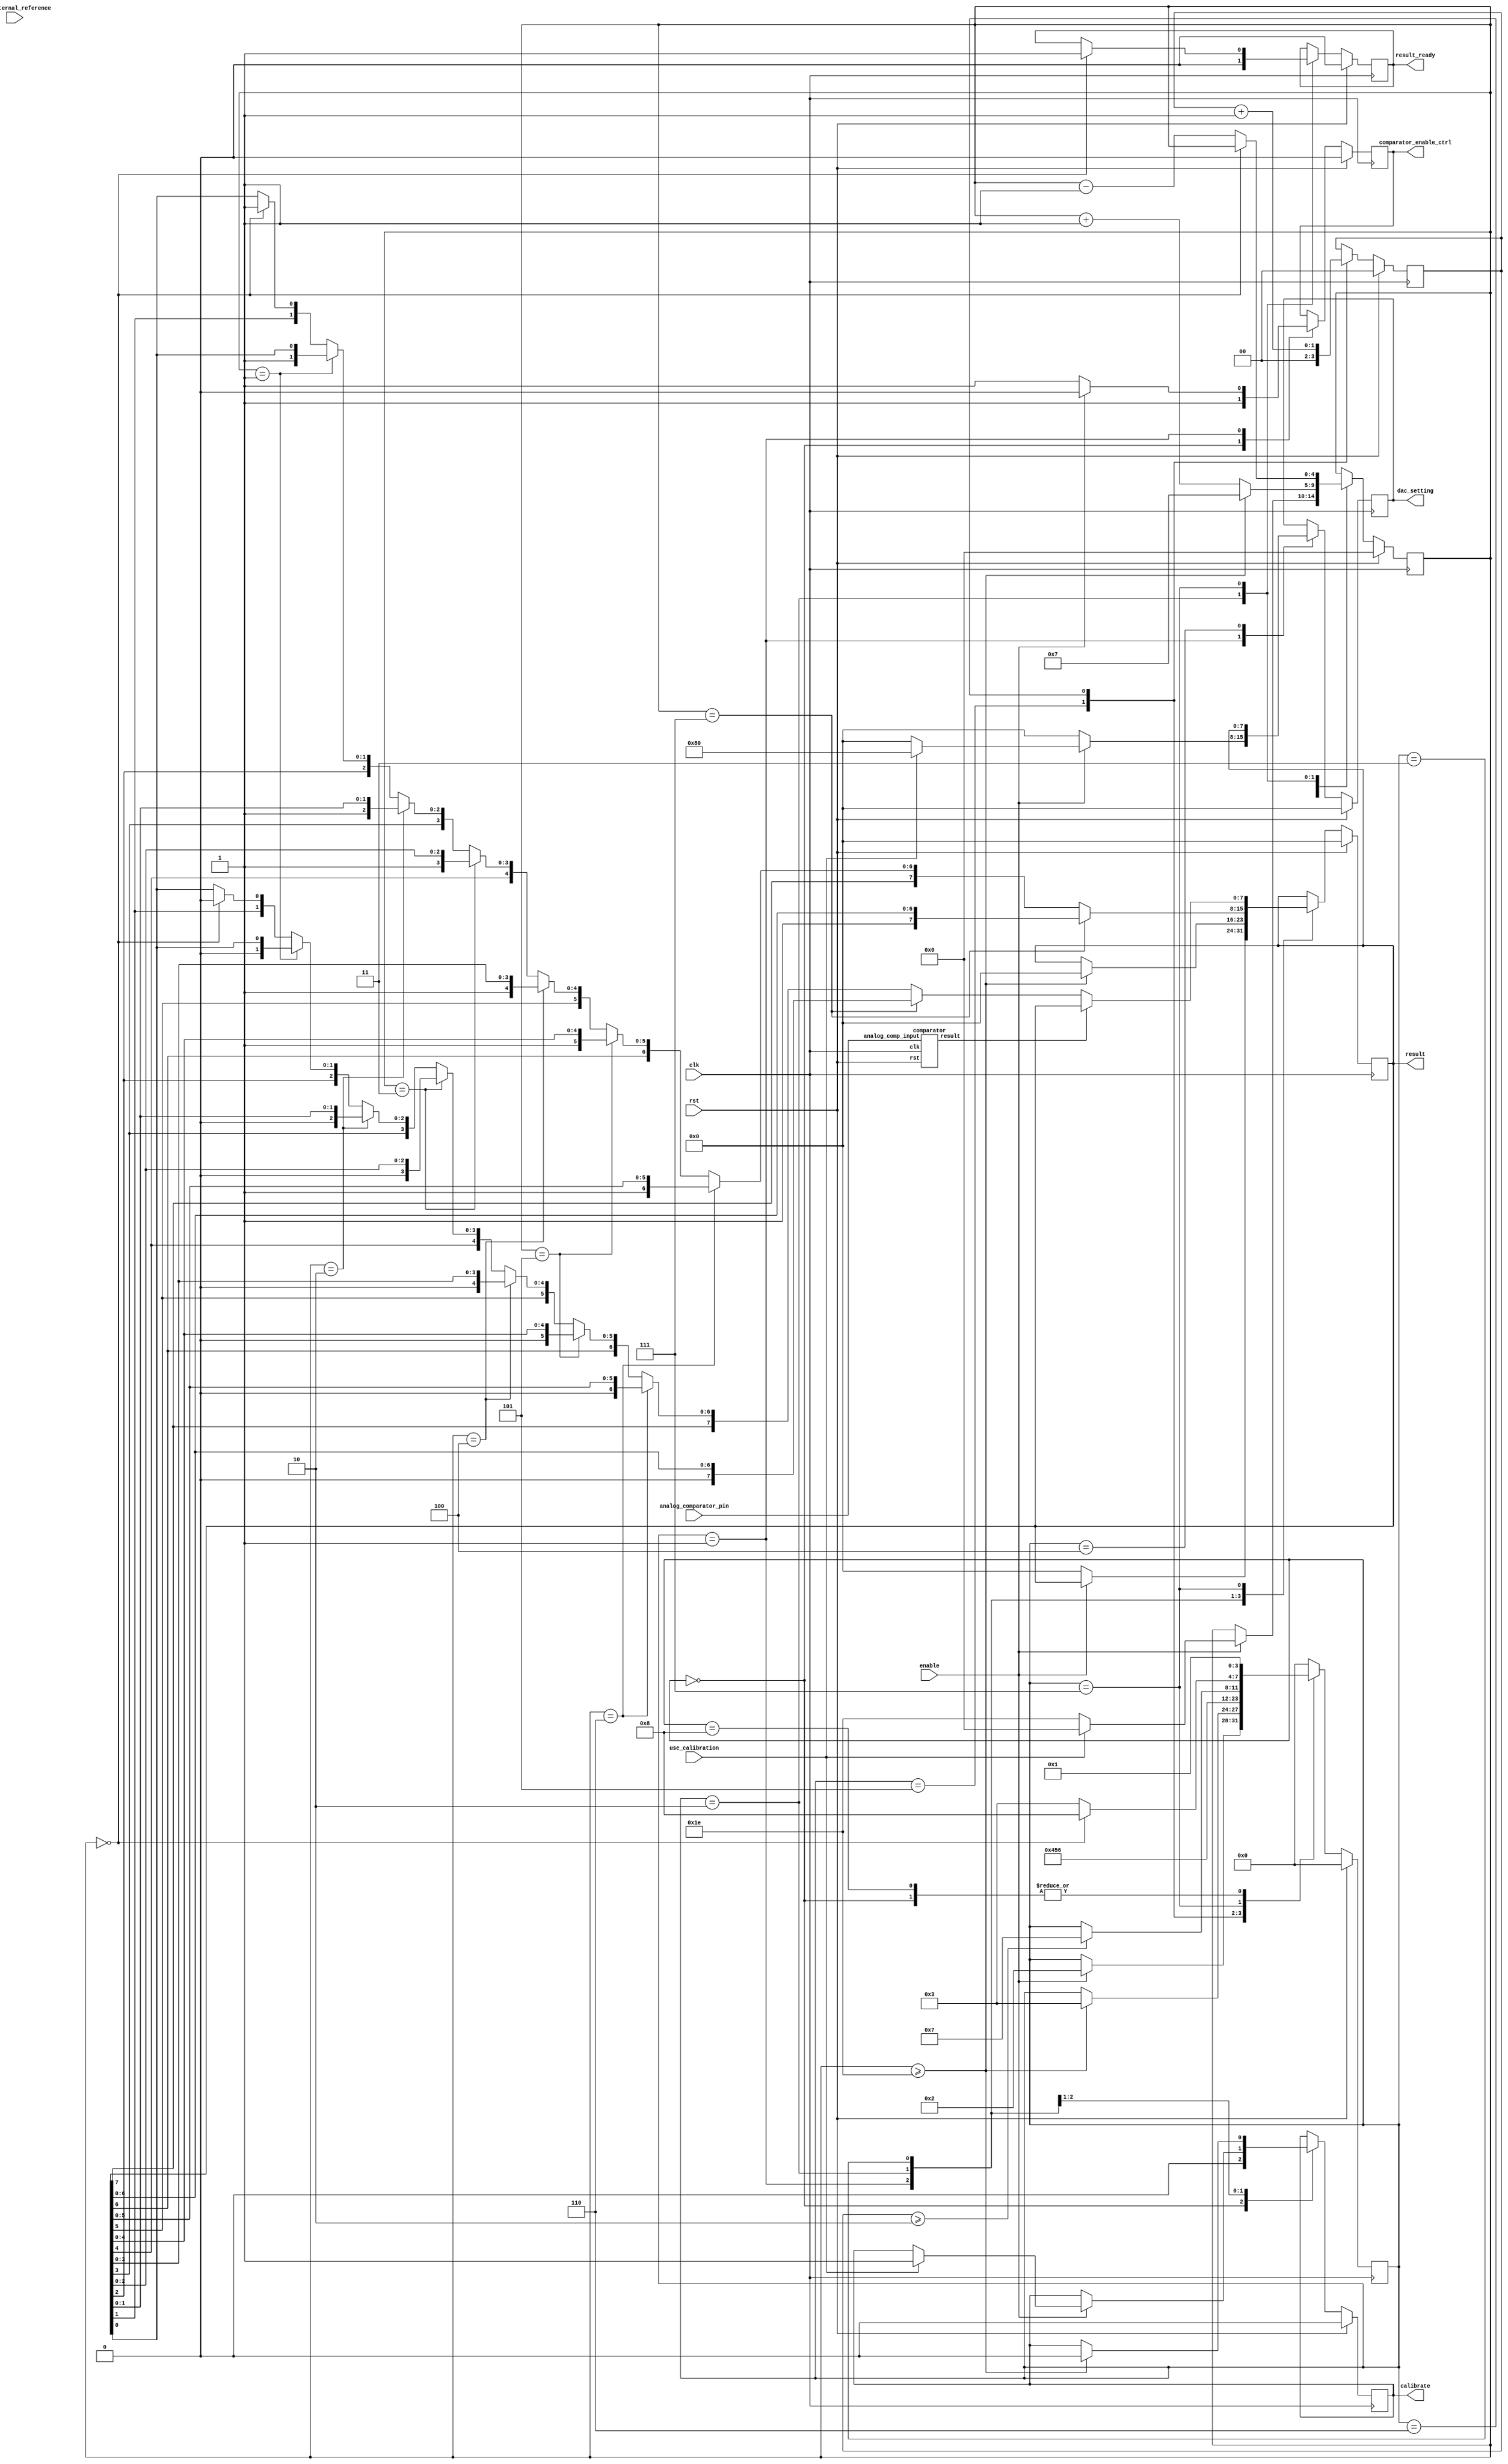
/* Generated by Yosys 0.33+72 (git sha1 ac8b31e00, clang 10.0.0-4ubuntu1 -fPIC -Os) */
/* 2024-04-18-21:15 */

(* \amaranth.hierarchy  = "wowa.wowa_digital.adc" *)
(* generator = "Amaranth" *)
module adc(use_calibration, use_external_reference, analog_comparator_pin, result, result_ready, comparator_enable_ctrl, dac_setting, calibrate, rst, clk, enable);
  reg \$auto$verilog_backend.cc:2184:dump_module$12  = 0;
  (* src = "/home/malcalypse/Private/eclipseworkspace/WoWADigital/src/wowa/adc.py:141" *)
  wire \$10 ;
  (* src = "/home/malcalypse/Private/eclipseworkspace/WoWADigital/src/wowa/adc.py:192" *)
  wire \$101 ;
  (* src = "/home/malcalypse/Private/eclipseworkspace/WoWADigital/src/wowa/adc.py:194" *)
  wire [15:0] \$103 ;
  (* src = "/home/malcalypse/Private/eclipseworkspace/WoWADigital/src/wowa/adc.py:194" *)
  wire [15:0] \$104 ;
  (* src = "/home/malcalypse/Private/eclipseworkspace/WoWADigital/src/wowa/adc.py:192" *)
  wire \$106 ;
  (* src = "/home/malcalypse/Private/eclipseworkspace/WoWADigital/src/wowa/adc.py:194" *)
  wire [15:0] \$108 ;
  (* src = "/home/malcalypse/Private/eclipseworkspace/WoWADigital/src/wowa/adc.py:194" *)
  wire [15:0] \$109 ;
  (* src = "/home/malcalypse/Private/eclipseworkspace/WoWADigital/src/wowa/adc.py:192" *)
  wire \$111 ;
  (* src = "/home/malcalypse/Private/eclipseworkspace/WoWADigital/src/wowa/adc.py:194" *)
  wire [15:0] \$113 ;
  (* src = "/home/malcalypse/Private/eclipseworkspace/WoWADigital/src/wowa/adc.py:194" *)
  wire [15:0] \$114 ;
  (* src = "/home/malcalypse/Private/eclipseworkspace/WoWADigital/src/wowa/adc.py:195" *)
  wire \$116 ;
  (* src = "/home/malcalypse/Private/eclipseworkspace/WoWADigital/src/wowa/adc.py:183" *)
  wire [2:0] \$118 ;
  (* src = "/home/malcalypse/Private/eclipseworkspace/WoWADigital/src/wowa/adc.py:183" *)
  wire [2:0] \$119 ;
  (* src = "/home/malcalypse/Private/eclipseworkspace/WoWADigital/src/wowa/adc.py:184" *)
  wire \$12 ;
  (* src = "/home/malcalypse/Private/eclipseworkspace/WoWADigital/src/wowa/adc.py:195" *)
  wire \$14 ;
  (* src = "/home/malcalypse/Private/eclipseworkspace/WoWADigital/src/wowa/adc.py:106" *)
  wire \$16 ;
  (* src = "/home/malcalypse/Private/eclipseworkspace/WoWADigital/src/wowa/adc.py:106" *)
  wire \$18 ;
  (* src = "/home/malcalypse/Private/eclipseworkspace/WoWADigital/src/wowa/adc.py:106" *)
  wire \$2 ;
  (* src = "/home/malcalypse/Private/eclipseworkspace/WoWADigital/src/wowa/adc.py:141" *)
  wire \$20 ;
  (* src = "/home/malcalypse/Private/eclipseworkspace/WoWADigital/src/wowa/adc.py:150" *)
  wire [5:0] \$22 ;
  (* src = "/home/malcalypse/Private/eclipseworkspace/WoWADigital/src/wowa/adc.py:150" *)
  wire [5:0] \$23 ;
  (* src = "/home/malcalypse/Private/eclipseworkspace/WoWADigital/src/wowa/adc.py:195" *)
  wire \$25 ;
  (* src = "/home/malcalypse/Private/eclipseworkspace/WoWADigital/src/wowa/adc.py:203" *)
  wire [5:0] \$27 ;
  (* src = "/home/malcalypse/Private/eclipseworkspace/WoWADigital/src/wowa/adc.py:203" *)
  wire [5:0] \$28 ;
  (* src = "/home/malcalypse/Private/eclipseworkspace/WoWADigital/src/wowa/adc.py:106" *)
  wire \$30 ;
  (* src = "/home/malcalypse/Private/eclipseworkspace/WoWADigital/src/wowa/adc.py:141" *)
  wire \$32 ;
  (* src = "/home/malcalypse/Private/eclipseworkspace/WoWADigital/src/wowa/adc.py:151" *)
  wire \$34 ;
  (* src = "/home/malcalypse/Private/eclipseworkspace/WoWADigital/src/wowa/adc.py:106" *)
  wire \$36 ;
  (* src = "/home/malcalypse/Private/eclipseworkspace/WoWADigital/src/wowa/adc.py:141" *)
  wire \$38 ;
  (* src = "/home/malcalypse/Private/eclipseworkspace/WoWADigital/src/wowa/adc.py:141" *)
  wire \$4 ;
  (* src = "/home/malcalypse/Private/eclipseworkspace/WoWADigital/src/wowa/adc.py:158" *)
  wire \$40 ;
  (* src = "/home/malcalypse/Private/eclipseworkspace/WoWADigital/src/wowa/adc.py:159" *)
  wire [7:0] \$42 ;
  (* src = "/home/malcalypse/Private/eclipseworkspace/WoWADigital/src/wowa/adc.py:158" *)
  wire \$44 ;
  (* src = "/home/malcalypse/Private/eclipseworkspace/WoWADigital/src/wowa/adc.py:159" *)
  wire [7:0] \$46 ;
  (* src = "/home/malcalypse/Private/eclipseworkspace/WoWADigital/src/wowa/adc.py:158" *)
  wire \$48 ;
  (* src = "/home/malcalypse/Private/eclipseworkspace/WoWADigital/src/wowa/adc.py:159" *)
  wire [7:0] \$50 ;
  (* src = "/home/malcalypse/Private/eclipseworkspace/WoWADigital/src/wowa/adc.py:158" *)
  wire \$52 ;
  (* src = "/home/malcalypse/Private/eclipseworkspace/WoWADigital/src/wowa/adc.py:159" *)
  wire [7:0] \$54 ;
  (* src = "/home/malcalypse/Private/eclipseworkspace/WoWADigital/src/wowa/adc.py:158" *)
  wire \$56 ;
  (* src = "/home/malcalypse/Private/eclipseworkspace/WoWADigital/src/wowa/adc.py:159" *)
  wire [7:0] \$58 ;
  (* src = "/home/malcalypse/Private/eclipseworkspace/WoWADigital/src/wowa/adc.py:106" *)
  wire \$6 ;
  (* src = "/home/malcalypse/Private/eclipseworkspace/WoWADigital/src/wowa/adc.py:158" *)
  wire \$60 ;
  (* src = "/home/malcalypse/Private/eclipseworkspace/WoWADigital/src/wowa/adc.py:159" *)
  wire [7:0] \$62 ;
  (* src = "/home/malcalypse/Private/eclipseworkspace/WoWADigital/src/wowa/adc.py:158" *)
  wire \$64 ;
  (* src = "/home/malcalypse/Private/eclipseworkspace/WoWADigital/src/wowa/adc.py:159" *)
  wire [7:0] \$66 ;
  (* src = "/home/malcalypse/Private/eclipseworkspace/WoWADigital/src/wowa/adc.py:158" *)
  wire \$68 ;
  (* src = "/home/malcalypse/Private/eclipseworkspace/WoWADigital/src/wowa/adc.py:159" *)
  wire [7:0] \$70 ;
  (* src = "/home/malcalypse/Private/eclipseworkspace/WoWADigital/src/wowa/adc.py:189" *)
  wire \$72 ;
  (* src = "/home/malcalypse/Private/eclipseworkspace/WoWADigital/src/wowa/adc.py:189" *)
  wire \$73 ;
  (* src = "/home/malcalypse/Private/eclipseworkspace/WoWADigital/src/wowa/adc.py:192" *)
  wire \$76 ;
  (* src = "/home/malcalypse/Private/eclipseworkspace/WoWADigital/src/wowa/adc.py:194" *)
  wire [15:0] \$78 ;
  (* src = "/home/malcalypse/Private/eclipseworkspace/WoWADigital/src/wowa/adc.py:194" *)
  wire [15:0] \$79 ;
  (* src = "/home/malcalypse/Private/eclipseworkspace/WoWADigital/src/wowa/adc.py:106" *)
  wire \$8 ;
  (* src = "/home/malcalypse/Private/eclipseworkspace/WoWADigital/src/wowa/adc.py:192" *)
  wire \$81 ;
  (* src = "/home/malcalypse/Private/eclipseworkspace/WoWADigital/src/wowa/adc.py:194" *)
  wire [15:0] \$83 ;
  (* src = "/home/malcalypse/Private/eclipseworkspace/WoWADigital/src/wowa/adc.py:194" *)
  wire [15:0] \$84 ;
  (* src = "/home/malcalypse/Private/eclipseworkspace/WoWADigital/src/wowa/adc.py:192" *)
  wire \$86 ;
  (* src = "/home/malcalypse/Private/eclipseworkspace/WoWADigital/src/wowa/adc.py:194" *)
  wire [15:0] \$88 ;
  (* src = "/home/malcalypse/Private/eclipseworkspace/WoWADigital/src/wowa/adc.py:194" *)
  wire [15:0] \$89 ;
  (* src = "/home/malcalypse/Private/eclipseworkspace/WoWADigital/src/wowa/adc.py:192" *)
  wire \$91 ;
  (* src = "/home/malcalypse/Private/eclipseworkspace/WoWADigital/src/wowa/adc.py:194" *)
  wire [15:0] \$93 ;
  (* src = "/home/malcalypse/Private/eclipseworkspace/WoWADigital/src/wowa/adc.py:194" *)
  wire [15:0] \$94 ;
  (* src = "/home/malcalypse/Private/eclipseworkspace/WoWADigital/src/wowa/adc.py:192" *)
  wire \$96 ;
  (* src = "/home/malcalypse/Private/eclipseworkspace/WoWADigital/src/wowa/adc.py:194" *)
  wire [15:0] \$98 ;
  (* src = "/home/malcalypse/Private/eclipseworkspace/WoWADigital/src/wowa/adc.py:194" *)
  wire [15:0] \$99 ;
  (* src = "/home/malcalypse/Private/eclipseworkspace/WoWADigital/src/wowa/adc.py:40" *)
  input analog_comparator_pin;
  wire analog_comparator_pin;
  (* src = "/home/malcalypse/Private/eclipseworkspace/WoWADigital/src/wowa/adc.py:49" *)
  reg calib_done = 1'h0;
  (* src = "/home/malcalypse/Private/eclipseworkspace/WoWADigital/src/wowa/adc.py:49" *)
  reg \calib_done$next ;
  (* src = "/home/malcalypse/Private/eclipseworkspace/WoWADigital/src/wowa/comparator.py:29" *)
  output calibrate;
  reg calibrate = 1'h0;
  (* src = "/home/malcalypse/Private/eclipseworkspace/WoWADigital/src/wowa/comparator.py:29" *)
  reg \calibrate$next ;
  (* src = "/home/malcalypse/.local/lib/python3.10/site-packages/amaranth/hdl/ir.py:527" *)
  input clk;
  wire clk;
  (* src = "/home/malcalypse/Private/eclipseworkspace/WoWADigital/src/wowa/comparator.py:27" *)
  wire comparator_analog_comp_input;
  (* src = "/home/malcalypse/Private/eclipseworkspace/WoWADigital/src/wowa/adc.py:50" *)
  output comparator_enable_ctrl;
  wire comparator_enable_ctrl;
  (* src = "/home/malcalypse/Private/eclipseworkspace/WoWADigital/src/wowa/comparator.py:34" *)
  wire comparator_result;
  (* src = "/home/malcalypse/Private/eclipseworkspace/WoWADigital/src/wowa/adc.py:53" *)
  output [7:0] dac_setting;
  reg [7:0] dac_setting = 8'h00;
  (* src = "/home/malcalypse/Private/eclipseworkspace/WoWADigital/src/wowa/adc.py:53" *)
  reg [7:0] \dac_setting$next ;
  (* src = "/home/malcalypse/Private/eclipseworkspace/WoWADigital/src/wowa/adc.py:41" *)
  input enable;
  wire enable;
  (* src = "/home/malcalypse/Private/eclipseworkspace/WoWADigital/src/wowa/adc.py:63" *)
  reg [4:0] internalCounter = 5'h00;
  (* src = "/home/malcalypse/Private/eclipseworkspace/WoWADigital/src/wowa/adc.py:63" *)
  reg [4:0] \internalCounter$next ;
  (* src = "/home/malcalypse/Private/eclipseworkspace/WoWADigital/src/wowa/comparator.py:28" *)
  reg n_enable = 1'h0;
  (* src = "/home/malcalypse/Private/eclipseworkspace/WoWADigital/src/wowa/comparator.py:28" *)
  reg \n_enable$next ;
  (* src = "/home/malcalypse/Private/eclipseworkspace/WoWADigital/src/wowa/adc.py:48" *)
  output [7:0] result;
  reg [7:0] result = 8'h00;
  (* src = "/home/malcalypse/Private/eclipseworkspace/WoWADigital/src/wowa/adc.py:48" *)
  reg [7:0] \result$next ;
  (* src = "/home/malcalypse/Private/eclipseworkspace/WoWADigital/src/wowa/adc.py:47" *)
  output result_ready;
  reg result_ready = 1'h0;
  (* src = "/home/malcalypse/Private/eclipseworkspace/WoWADigital/src/wowa/adc.py:47" *)
  reg \result_ready$next ;
  (* src = "/home/malcalypse/.local/lib/python3.10/site-packages/amaranth/hdl/ir.py:527" *)
  input rst;
  wire rst;
  (* enum_base_type = "FSMState" *)
  (* enum_value_0000 = "Startup" *)
  (* enum_value_0001 = "Idle" *)
  (* enum_value_0010 = "Calibrating" *)
  (* enum_value_0011 = "MeasureStart" *)
  (* enum_value_0100 = "MeasureSetup" *)
  (* enum_value_0101 = "MeasureDACON" *)
  (* enum_value_0110 = "MeasureHold" *)
  (* enum_value_0111 = "MeasureSample" *)
  (* enum_value_1000 = "MeasureDone" *)
  (* src = "/home/malcalypse/Private/eclipseworkspace/WoWADigital/src/wowa/adc.py:54" *)
  reg [3:0] state = 4'h0;
  (* src = "/home/malcalypse/Private/eclipseworkspace/WoWADigital/src/wowa/adc.py:54" *)
  reg [3:0] \state$next ;
  (* src = "/home/malcalypse/Private/eclipseworkspace/WoWADigital/src/wowa/adc.py:95" *)
  reg [1:0] syncroCount = 2'h0;
  (* src = "/home/malcalypse/Private/eclipseworkspace/WoWADigital/src/wowa/adc.py:95" *)
  reg [1:0] \syncroCount$next ;
  (* src = "/home/malcalypse/Private/eclipseworkspace/WoWADigital/src/wowa/adc.py:43" *)
  input use_calibration;
  wire use_calibration;
  (* src = "/home/malcalypse/Private/eclipseworkspace/WoWADigital/src/wowa/adc.py:42" *)
  input use_external_reference;
  wire use_external_reference;
  (* src = "/home/malcalypse/Private/eclipseworkspace/WoWADigital/src/wowa/comparator.py:30" *)
  wire \use_external_reference$1 ;
  assign \$101  = internalCounter == (* src = "/home/malcalypse/Private/eclipseworkspace/WoWADigital/src/wowa/adc.py:192" *) 3'h5;
  assign \$106  = internalCounter == (* src = "/home/malcalypse/Private/eclipseworkspace/WoWADigital/src/wowa/adc.py:192" *) 3'h6;
  assign \$10  = internalCounter >= (* src = "/home/malcalypse/Private/eclipseworkspace/WoWADigital/src/wowa/adc.py:141" *) 5'h1e;
  assign \$111  = internalCounter == (* src = "/home/malcalypse/Private/eclipseworkspace/WoWADigital/src/wowa/adc.py:192" *) 3'h7;
  assign \$116  = ! (* src = "/home/malcalypse/Private/eclipseworkspace/WoWADigital/src/wowa/adc.py:195" *) internalCounter;
  assign \$119  = syncroCount + (* src = "/home/malcalypse/Private/eclipseworkspace/WoWADigital/src/wowa/adc.py:183" *) 1'h1;
  assign \$12  = syncroCount >= (* src = "/home/malcalypse/Private/eclipseworkspace/WoWADigital/src/wowa/adc.py:184" *) 2'h2;
  assign \$14  = ! (* src = "/home/malcalypse/Private/eclipseworkspace/WoWADigital/src/wowa/adc.py:195" *) internalCounter;
  assign \$20  = internalCounter >= (* src = "/home/malcalypse/Private/eclipseworkspace/WoWADigital/src/wowa/adc.py:141" *) 5'h1e;
  assign \$23  = internalCounter + (* src = "/home/malcalypse/Private/eclipseworkspace/WoWADigital/src/wowa/adc.py:150" *) 1'h1;
  assign \$25  = ! (* src = "/home/malcalypse/Private/eclipseworkspace/WoWADigital/src/wowa/adc.py:195" *) internalCounter;
  assign \$28  = internalCounter - (* src = "/home/malcalypse/Private/eclipseworkspace/WoWADigital/src/wowa/adc.py:203" *) 1'h1;
  assign \$32  = internalCounter >= (* src = "/home/malcalypse/Private/eclipseworkspace/WoWADigital/src/wowa/adc.py:141" *) 5'h1e;
  assign \$34  = internalCounter == (* src = "/home/malcalypse/Private/eclipseworkspace/WoWADigital/src/wowa/adc.py:151" *) 5'h1d;
  assign \$38  = internalCounter >= (* src = "/home/malcalypse/Private/eclipseworkspace/WoWADigital/src/wowa/adc.py:141" *) 5'h1e;
  assign \$40  = ! (* src = "/home/malcalypse/Private/eclipseworkspace/WoWADigital/src/wowa/adc.py:158" *) internalCounter;
  assign \$44  = internalCounter == (* src = "/home/malcalypse/Private/eclipseworkspace/WoWADigital/src/wowa/adc.py:158" *) 1'h1;
  assign \$48  = internalCounter == (* src = "/home/malcalypse/Private/eclipseworkspace/WoWADigital/src/wowa/adc.py:158" *) 2'h2;
  assign \$4  = internalCounter >= (* src = "/home/malcalypse/Private/eclipseworkspace/WoWADigital/src/wowa/adc.py:141" *) 5'h1e;
  assign \$52  = internalCounter == (* src = "/home/malcalypse/Private/eclipseworkspace/WoWADigital/src/wowa/adc.py:158" *) 2'h3;
  assign \$56  = internalCounter == (* src = "/home/malcalypse/Private/eclipseworkspace/WoWADigital/src/wowa/adc.py:158" *) 3'h4;
  assign \$60  = internalCounter == (* src = "/home/malcalypse/Private/eclipseworkspace/WoWADigital/src/wowa/adc.py:158" *) 3'h5;
  assign \$64  = internalCounter == (* src = "/home/malcalypse/Private/eclipseworkspace/WoWADigital/src/wowa/adc.py:158" *) 3'h6;
  assign \$68  = internalCounter == (* src = "/home/malcalypse/Private/eclipseworkspace/WoWADigital/src/wowa/adc.py:158" *) 3'h7;
  assign \$72  = ~ (* src = "/home/malcalypse/Private/eclipseworkspace/WoWADigital/src/wowa/adc.py:189" *) \$73 ;
  assign \$76  = ! (* src = "/home/malcalypse/Private/eclipseworkspace/WoWADigital/src/wowa/adc.py:192" *) internalCounter;
  assign \$81  = internalCounter == (* src = "/home/malcalypse/Private/eclipseworkspace/WoWADigital/src/wowa/adc.py:192" *) 1'h1;
  assign \$86  = internalCounter == (* src = "/home/malcalypse/Private/eclipseworkspace/WoWADigital/src/wowa/adc.py:192" *) 2'h2;
  assign \$91  = internalCounter == (* src = "/home/malcalypse/Private/eclipseworkspace/WoWADigital/src/wowa/adc.py:192" *) 2'h3;
  assign \$96  = internalCounter == (* src = "/home/malcalypse/Private/eclipseworkspace/WoWADigital/src/wowa/adc.py:192" *) 3'h4;
  always @(posedge clk)
    syncroCount <= \syncroCount$next ;
  always @(posedge clk)
    result_ready <= \result_ready$next ;
  always @(posedge clk)
    result <= \result$next ;
  always @(posedge clk)
    calib_done <= \calib_done$next ;
  always @(posedge clk)
    internalCounter <= \internalCounter$next ;
  always @(posedge clk)
    dac_setting <= \dac_setting$next ;
  always @(posedge clk)
    state <= \state$next ;
  always @(posedge clk)
    n_enable <= \n_enable$next ;
  always @(posedge clk)
    calibrate <= \calibrate$next ;
  comparator comparator (
    .analog_comp_input(comparator_analog_comp_input),
    .clk(clk),
    .result(comparator_result),
    .rst(rst)
  );
  always @* begin
    if (\$auto$verilog_backend.cc:2184:dump_module$12 ) begin end
    \result_ready$next  = result_ready;
    (* src = "/home/malcalypse/Private/eclipseworkspace/WoWADigital/src/wowa/adc.py:97" *)
    casez (state)
      /* \amaranth.decoding  = "Startup/0" */
      /* src = "/home/malcalypse/Private/eclipseworkspace/WoWADigital/src/wowa/adc.py:98" */
      4'h0:
          /* empty */;
      /* \amaranth.decoding  = "Idle/1" */
      /* src = "/home/malcalypse/Private/eclipseworkspace/WoWADigital/src/wowa/adc.py:105" */
      4'h1:
          /* empty */;
      /* \amaranth.decoding  = "Calibrating/2" */
      /* src = "/home/malcalypse/Private/eclipseworkspace/WoWADigital/src/wowa/adc.py:137" */
      4'h2:
          \result_ready$next  = 1'h0;
      /* \amaranth.decoding  = "MeasureStart/3" */
      /* src = "/home/malcalypse/Private/eclipseworkspace/WoWADigital/src/wowa/adc.py:155" */
      4'h3:
          /* empty */;
      /* \amaranth.decoding  = "MeasureSetup/4" */
      /* src = "/home/malcalypse/Private/eclipseworkspace/WoWADigital/src/wowa/adc.py:170" */
      4'h4:
          /* empty */;
      /* \amaranth.decoding  = "MeasureDACON/5" */
      /* src = "/home/malcalypse/Private/eclipseworkspace/WoWADigital/src/wowa/adc.py:177" */
      4'h5:
          /* empty */;
      /* \amaranth.decoding  = "MeasureHold/6" */
      /* src = "/home/malcalypse/Private/eclipseworkspace/WoWADigital/src/wowa/adc.py:182" */
      4'h6:
          /* empty */;
      /* \amaranth.decoding  = "MeasureSample/7" */
      /* src = "/home/malcalypse/Private/eclipseworkspace/WoWADigital/src/wowa/adc.py:188" */
      4'h7:
          (* src = "/home/malcalypse/Private/eclipseworkspace/WoWADigital/src/wowa/adc.py:195" *)
          casez (\$116 )
            /* src = "/home/malcalypse/Private/eclipseworkspace/WoWADigital/src/wowa/adc.py:195" */
            1'h1:
                \result_ready$next  = 1'h1;
          endcase
    endcase
    (* src = "/home/malcalypse/.local/lib/python3.10/site-packages/amaranth/hdl/xfrm.py:519" *)
    casez (rst)
      1'h1:
          \result_ready$next  = 1'h0;
    endcase
  end
  always @* begin
    if (\$auto$verilog_backend.cc:2184:dump_module$12 ) begin end
    \syncroCount$next  = syncroCount;
    (* src = "/home/malcalypse/Private/eclipseworkspace/WoWADigital/src/wowa/adc.py:97" *)
    casez (state)
      /* \amaranth.decoding  = "Startup/0" */
      /* src = "/home/malcalypse/Private/eclipseworkspace/WoWADigital/src/wowa/adc.py:98" */
      4'h0:
          /* empty */;
      /* \amaranth.decoding  = "Idle/1" */
      /* src = "/home/malcalypse/Private/eclipseworkspace/WoWADigital/src/wowa/adc.py:105" */
      4'h1:
          /* empty */;
      /* \amaranth.decoding  = "Calibrating/2" */
      /* src = "/home/malcalypse/Private/eclipseworkspace/WoWADigital/src/wowa/adc.py:137" */
      4'h2:
          /* empty */;
      /* \amaranth.decoding  = "MeasureStart/3" */
      /* src = "/home/malcalypse/Private/eclipseworkspace/WoWADigital/src/wowa/adc.py:155" */
      4'h3:
          /* empty */;
      /* \amaranth.decoding  = "MeasureSetup/4" */
      /* src = "/home/malcalypse/Private/eclipseworkspace/WoWADigital/src/wowa/adc.py:170" */
      4'h4:
          /* empty */;
      /* \amaranth.decoding  = "MeasureDACON/5" */
      /* src = "/home/malcalypse/Private/eclipseworkspace/WoWADigital/src/wowa/adc.py:177" */
      4'h5:
          \syncroCount$next  = 2'h0;
      /* \amaranth.decoding  = "MeasureHold/6" */
      /* src = "/home/malcalypse/Private/eclipseworkspace/WoWADigital/src/wowa/adc.py:182" */
      4'h6:
          \syncroCount$next  = \$119 [1:0];
    endcase
    (* src = "/home/malcalypse/.local/lib/python3.10/site-packages/amaranth/hdl/xfrm.py:519" *)
    casez (rst)
      1'h1:
          \syncroCount$next  = 2'h0;
    endcase
  end
  always @* begin
    if (\$auto$verilog_backend.cc:2184:dump_module$12 ) begin end
    \calibrate$next  = calibrate;
    (* src = "/home/malcalypse/Private/eclipseworkspace/WoWADigital/src/wowa/adc.py:97" *)
    casez (state)
      /* \amaranth.decoding  = "Startup/0" */
      /* src = "/home/malcalypse/Private/eclipseworkspace/WoWADigital/src/wowa/adc.py:98" */
      4'h0:
          \calibrate$next  = 1'h0;
      /* \amaranth.decoding  = "Idle/1" */
      /* src = "/home/malcalypse/Private/eclipseworkspace/WoWADigital/src/wowa/adc.py:105" */
      4'h1:
          (* src = "/home/malcalypse/Private/eclipseworkspace/WoWADigital/src/wowa/adc.py:106" *)
          casez (\$2 )
            /* src = "/home/malcalypse/Private/eclipseworkspace/WoWADigital/src/wowa/adc.py:106" */
            1'h1:
                (* src = "/home/malcalypse/Private/eclipseworkspace/WoWADigital/src/wowa/adc.py:113" *)
                casez (use_calibration)
                  /* src = "/home/malcalypse/Private/eclipseworkspace/WoWADigital/src/wowa/adc.py:113" */
                  1'h1:
                      \calibrate$next  = 1'h1;
                endcase
          endcase
      /* \amaranth.decoding  = "Calibrating/2" */
      /* src = "/home/malcalypse/Private/eclipseworkspace/WoWADigital/src/wowa/adc.py:137" */
      4'h2:
          (* src = "/home/malcalypse/Private/eclipseworkspace/WoWADigital/src/wowa/adc.py:141" *)
          casez (\$4 )
            /* src = "/home/malcalypse/Private/eclipseworkspace/WoWADigital/src/wowa/adc.py:141" */
            1'h1:
                \calibrate$next  = 1'h0;
          endcase
    endcase
    (* src = "/home/malcalypse/.local/lib/python3.10/site-packages/amaranth/hdl/xfrm.py:519" *)
    casez (rst)
      1'h1:
          \calibrate$next  = 1'h0;
    endcase
  end
  always @* begin
    if (\$auto$verilog_backend.cc:2184:dump_module$12 ) begin end
    \n_enable$next  = n_enable;
    (* src = "/home/malcalypse/Private/eclipseworkspace/WoWADigital/src/wowa/adc.py:97" *)
    casez (state)
      /* \amaranth.decoding  = "Startup/0" */
      /* src = "/home/malcalypse/Private/eclipseworkspace/WoWADigital/src/wowa/adc.py:98" */
      4'h0:
          \n_enable$next  = 1'h1;
      /* \amaranth.decoding  = "Idle/1" */
      /* src = "/home/malcalypse/Private/eclipseworkspace/WoWADigital/src/wowa/adc.py:105" */
      4'h1:
          (* full_case = 32'd1 *)
          (* src = "/home/malcalypse/Private/eclipseworkspace/WoWADigital/src/wowa/adc.py:106" *)
          casez (\$6 )
            /* src = "/home/malcalypse/Private/eclipseworkspace/WoWADigital/src/wowa/adc.py:106" */
            1'h1:
                \n_enable$next  = 1'h0;
            /* src = "/home/malcalypse/Private/eclipseworkspace/WoWADigital/src/wowa/adc.py:129" */
            default:
                \n_enable$next  = 1'h1;
          endcase
    endcase
    (* src = "/home/malcalypse/.local/lib/python3.10/site-packages/amaranth/hdl/xfrm.py:519" *)
    casez (rst)
      1'h1:
          \n_enable$next  = 1'h0;
    endcase
  end
  always @* begin
    if (\$auto$verilog_backend.cc:2184:dump_module$12 ) begin end
    \state$next  = state;
    (* full_case = 32'd1 *)
    (* src = "/home/malcalypse/Private/eclipseworkspace/WoWADigital/src/wowa/adc.py:97" *)
    casez (state)
      /* \amaranth.decoding  = "Startup/0" */
      /* src = "/home/malcalypse/Private/eclipseworkspace/WoWADigital/src/wowa/adc.py:98" */
      4'h0:
          \state$next  = 4'h1;
      /* \amaranth.decoding  = "Idle/1" */
      /* src = "/home/malcalypse/Private/eclipseworkspace/WoWADigital/src/wowa/adc.py:105" */
      4'h1:
          (* src = "/home/malcalypse/Private/eclipseworkspace/WoWADigital/src/wowa/adc.py:106" *)
          casez (\$8 )
            /* src = "/home/malcalypse/Private/eclipseworkspace/WoWADigital/src/wowa/adc.py:106" */
            1'h1:
                \state$next  = 4'h2;
          endcase
      /* \amaranth.decoding  = "Calibrating/2" */
      /* src = "/home/malcalypse/Private/eclipseworkspace/WoWADigital/src/wowa/adc.py:137" */
      4'h2:
          (* src = "/home/malcalypse/Private/eclipseworkspace/WoWADigital/src/wowa/adc.py:141" *)
          casez (\$10 )
            /* src = "/home/malcalypse/Private/eclipseworkspace/WoWADigital/src/wowa/adc.py:141" */
            1'h1:
                \state$next  = 4'h3;
          endcase
      /* \amaranth.decoding  = "MeasureStart/3" */
      /* src = "/home/malcalypse/Private/eclipseworkspace/WoWADigital/src/wowa/adc.py:155" */
      4'h3:
          \state$next  = 4'h4;
      /* \amaranth.decoding  = "MeasureSetup/4" */
      /* src = "/home/malcalypse/Private/eclipseworkspace/WoWADigital/src/wowa/adc.py:170" */
      4'h4:
          \state$next  = 4'h5;
      /* \amaranth.decoding  = "MeasureDACON/5" */
      /* src = "/home/malcalypse/Private/eclipseworkspace/WoWADigital/src/wowa/adc.py:177" */
      4'h5:
          \state$next  = 4'h6;
      /* \amaranth.decoding  = "MeasureHold/6" */
      /* src = "/home/malcalypse/Private/eclipseworkspace/WoWADigital/src/wowa/adc.py:182" */
      4'h6:
          (* src = "/home/malcalypse/Private/eclipseworkspace/WoWADigital/src/wowa/adc.py:184" *)
          casez (\$12 )
            /* src = "/home/malcalypse/Private/eclipseworkspace/WoWADigital/src/wowa/adc.py:184" */
            1'h1:
                \state$next  = 4'h7;
          endcase
      /* \amaranth.decoding  = "MeasureSample/7" */
      /* src = "/home/malcalypse/Private/eclipseworkspace/WoWADigital/src/wowa/adc.py:188" */
      4'h7:
          (* full_case = 32'd1 *)
          (* src = "/home/malcalypse/Private/eclipseworkspace/WoWADigital/src/wowa/adc.py:195" *)
          casez (\$14 )
            /* src = "/home/malcalypse/Private/eclipseworkspace/WoWADigital/src/wowa/adc.py:195" */
            1'h1:
                \state$next  = 4'h8;
            /* src = "/home/malcalypse/Private/eclipseworkspace/WoWADigital/src/wowa/adc.py:201" */
            default:
                \state$next  = 4'h3;
          endcase
      /* \amaranth.decoding  = "MeasureDone/8" */
      /* src = "/home/malcalypse/Private/eclipseworkspace/WoWADigital/src/wowa/adc.py:206" */
      4'h8:
          \state$next  = 4'h1;
      /* \amaranth.decoding  = {0{1'b0}} */
      /* src = "/home/malcalypse/Private/eclipseworkspace/WoWADigital/src/wowa/adc.py:209" */
      default:
          \state$next  = 4'h0;
    endcase
    (* src = "/home/malcalypse/.local/lib/python3.10/site-packages/amaranth/hdl/xfrm.py:519" *)
    casez (rst)
      1'h1:
          \state$next  = 4'h0;
    endcase
  end
  always @* begin
    if (\$auto$verilog_backend.cc:2184:dump_module$12 ) begin end
    \dac_setting$next  = dac_setting;
    (* src = "/home/malcalypse/Private/eclipseworkspace/WoWADigital/src/wowa/adc.py:97" *)
    casez (state)
      /* \amaranth.decoding  = "Startup/0" */
      /* src = "/home/malcalypse/Private/eclipseworkspace/WoWADigital/src/wowa/adc.py:98" */
      4'h0:
          /* empty */;
      /* \amaranth.decoding  = "Idle/1" */
      /* src = "/home/malcalypse/Private/eclipseworkspace/WoWADigital/src/wowa/adc.py:105" */
      4'h1:
          (* full_case = 32'd1 *)
          (* src = "/home/malcalypse/Private/eclipseworkspace/WoWADigital/src/wowa/adc.py:106" *)
          casez (\$16 )
            /* src = "/home/malcalypse/Private/eclipseworkspace/WoWADigital/src/wowa/adc.py:106" */
            1'h1:
                (* full_case = 32'd1 *)
                (* src = "/home/malcalypse/Private/eclipseworkspace/WoWADigital/src/wowa/adc.py:113" *)
                casez (use_calibration)
                  /* src = "/home/malcalypse/Private/eclipseworkspace/WoWADigital/src/wowa/adc.py:113" */
                  1'h1:
                      \dac_setting$next  = 8'h80;
                  /* src = "/home/malcalypse/Private/eclipseworkspace/WoWADigital/src/wowa/adc.py:119" */
                  default:
                      \dac_setting$next  = 8'h00;
                endcase
            /* src = "/home/malcalypse/Private/eclipseworkspace/WoWADigital/src/wowa/adc.py:129" */
            default:
                \dac_setting$next  = 8'h00;
          endcase
      /* \amaranth.decoding  = "Calibrating/2" */
      /* src = "/home/malcalypse/Private/eclipseworkspace/WoWADigital/src/wowa/adc.py:137" */
      4'h2:
          /* empty */;
      /* \amaranth.decoding  = "MeasureStart/3" */
      /* src = "/home/malcalypse/Private/eclipseworkspace/WoWADigital/src/wowa/adc.py:155" */
      4'h3:
          /* empty */;
      /* \amaranth.decoding  = "MeasureSetup/4" */
      /* src = "/home/malcalypse/Private/eclipseworkspace/WoWADigital/src/wowa/adc.py:170" */
      4'h4:
          \dac_setting$next  = result;
    endcase
    (* src = "/home/malcalypse/.local/lib/python3.10/site-packages/amaranth/hdl/xfrm.py:519" *)
    casez (rst)
      1'h1:
          \dac_setting$next  = 8'h00;
    endcase
  end
  always @* begin
    if (\$auto$verilog_backend.cc:2184:dump_module$12 ) begin end
    \internalCounter$next  = internalCounter;
    (* src = "/home/malcalypse/Private/eclipseworkspace/WoWADigital/src/wowa/adc.py:97" *)
    casez (state)
      /* \amaranth.decoding  = "Startup/0" */
      /* src = "/home/malcalypse/Private/eclipseworkspace/WoWADigital/src/wowa/adc.py:98" */
      4'h0:
          /* empty */;
      /* \amaranth.decoding  = "Idle/1" */
      /* src = "/home/malcalypse/Private/eclipseworkspace/WoWADigital/src/wowa/adc.py:105" */
      4'h1:
          (* src = "/home/malcalypse/Private/eclipseworkspace/WoWADigital/src/wowa/adc.py:106" *)
          casez (\$18 )
            /* src = "/home/malcalypse/Private/eclipseworkspace/WoWADigital/src/wowa/adc.py:106" */
            1'h1:
                (* full_case = 32'd1 *)
                (* src = "/home/malcalypse/Private/eclipseworkspace/WoWADigital/src/wowa/adc.py:113" *)
                casez (use_calibration)
                  /* src = "/home/malcalypse/Private/eclipseworkspace/WoWADigital/src/wowa/adc.py:113" */
                  1'h1:
                      \internalCounter$next  = 5'h00;
                  /* src = "/home/malcalypse/Private/eclipseworkspace/WoWADigital/src/wowa/adc.py:119" */
                  default:
                      \internalCounter$next  = 5'h1e;
                endcase
          endcase
      /* \amaranth.decoding  = "Calibrating/2" */
      /* src = "/home/malcalypse/Private/eclipseworkspace/WoWADigital/src/wowa/adc.py:137" */
      4'h2:
          (* full_case = 32'd1 *)
          (* src = "/home/malcalypse/Private/eclipseworkspace/WoWADigital/src/wowa/adc.py:141" *)
          casez (\$20 )
            /* src = "/home/malcalypse/Private/eclipseworkspace/WoWADigital/src/wowa/adc.py:141" */
            1'h1:
                \internalCounter$next  = 5'h07;
            /* src = "/home/malcalypse/Private/eclipseworkspace/WoWADigital/src/wowa/adc.py:149" */
            default:
                \internalCounter$next  = \$23 [4:0];
          endcase
      /* \amaranth.decoding  = "MeasureStart/3" */
      /* src = "/home/malcalypse/Private/eclipseworkspace/WoWADigital/src/wowa/adc.py:155" */
      4'h3:
          /* empty */;
      /* \amaranth.decoding  = "MeasureSetup/4" */
      /* src = "/home/malcalypse/Private/eclipseworkspace/WoWADigital/src/wowa/adc.py:170" */
      4'h4:
          /* empty */;
      /* \amaranth.decoding  = "MeasureDACON/5" */
      /* src = "/home/malcalypse/Private/eclipseworkspace/WoWADigital/src/wowa/adc.py:177" */
      4'h5:
          /* empty */;
      /* \amaranth.decoding  = "MeasureHold/6" */
      /* src = "/home/malcalypse/Private/eclipseworkspace/WoWADigital/src/wowa/adc.py:182" */
      4'h6:
          /* empty */;
      /* \amaranth.decoding  = "MeasureSample/7" */
      /* src = "/home/malcalypse/Private/eclipseworkspace/WoWADigital/src/wowa/adc.py:188" */
      4'h7:
          (* full_case = 32'd1 *)
          (* src = "/home/malcalypse/Private/eclipseworkspace/WoWADigital/src/wowa/adc.py:195" *)
          casez (\$25 )
            /* src = "/home/malcalypse/Private/eclipseworkspace/WoWADigital/src/wowa/adc.py:195" */
            1'h1:
                /* empty */;
            /* src = "/home/malcalypse/Private/eclipseworkspace/WoWADigital/src/wowa/adc.py:201" */
            default:
                \internalCounter$next  = \$28 [4:0];
          endcase
    endcase
    (* src = "/home/malcalypse/.local/lib/python3.10/site-packages/amaranth/hdl/xfrm.py:519" *)
    casez (rst)
      1'h1:
          \internalCounter$next  = 5'h00;
    endcase
  end
  always @* begin
    if (\$auto$verilog_backend.cc:2184:dump_module$12 ) begin end
    \calib_done$next  = calib_done;
    (* src = "/home/malcalypse/Private/eclipseworkspace/WoWADigital/src/wowa/adc.py:97" *)
    casez (state)
      /* \amaranth.decoding  = "Startup/0" */
      /* src = "/home/malcalypse/Private/eclipseworkspace/WoWADigital/src/wowa/adc.py:98" */
      4'h0:
          /* empty */;
      /* \amaranth.decoding  = "Idle/1" */
      /* src = "/home/malcalypse/Private/eclipseworkspace/WoWADigital/src/wowa/adc.py:105" */
      4'h1:
          (* src = "/home/malcalypse/Private/eclipseworkspace/WoWADigital/src/wowa/adc.py:106" *)
          casez (\$30 )
            /* src = "/home/malcalypse/Private/eclipseworkspace/WoWADigital/src/wowa/adc.py:106" */
            1'h1:
                \calib_done$next  = 1'h0;
          endcase
      /* \amaranth.decoding  = "Calibrating/2" */
      /* src = "/home/malcalypse/Private/eclipseworkspace/WoWADigital/src/wowa/adc.py:137" */
      4'h2:
          (* full_case = 32'd1 *)
          (* src = "/home/malcalypse/Private/eclipseworkspace/WoWADigital/src/wowa/adc.py:141" *)
          casez (\$32 )
            /* src = "/home/malcalypse/Private/eclipseworkspace/WoWADigital/src/wowa/adc.py:141" */
            1'h1:
                /* empty */;
            /* src = "/home/malcalypse/Private/eclipseworkspace/WoWADigital/src/wowa/adc.py:149" */
            default:
                (* src = "/home/malcalypse/Private/eclipseworkspace/WoWADigital/src/wowa/adc.py:151" *)
                casez (\$34 )
                  /* src = "/home/malcalypse/Private/eclipseworkspace/WoWADigital/src/wowa/adc.py:151" */
                  1'h1:
                      \calib_done$next  = 1'h1;
                endcase
          endcase
    endcase
    (* src = "/home/malcalypse/.local/lib/python3.10/site-packages/amaranth/hdl/xfrm.py:519" *)
    casez (rst)
      1'h1:
          \calib_done$next  = 1'h0;
    endcase
  end
  always @* begin
    if (\$auto$verilog_backend.cc:2184:dump_module$12 ) begin end
    \result$next  = result;
    (* src = "/home/malcalypse/Private/eclipseworkspace/WoWADigital/src/wowa/adc.py:97" *)
    casez (state)
      /* \amaranth.decoding  = "Startup/0" */
      /* src = "/home/malcalypse/Private/eclipseworkspace/WoWADigital/src/wowa/adc.py:98" */
      4'h0:
          /* empty */;
      /* \amaranth.decoding  = "Idle/1" */
      /* src = "/home/malcalypse/Private/eclipseworkspace/WoWADigital/src/wowa/adc.py:105" */
      4'h1:
          (* full_case = 32'd1 *)
          (* src = "/home/malcalypse/Private/eclipseworkspace/WoWADigital/src/wowa/adc.py:106" *)
          casez (\$36 )
            /* src = "/home/malcalypse/Private/eclipseworkspace/WoWADigital/src/wowa/adc.py:106" */
            1'h1:
                /* empty */;
            /* src = "/home/malcalypse/Private/eclipseworkspace/WoWADigital/src/wowa/adc.py:129" */
            default:
                \result$next  = 8'h00;
          endcase
      /* \amaranth.decoding  = "Calibrating/2" */
      /* src = "/home/malcalypse/Private/eclipseworkspace/WoWADigital/src/wowa/adc.py:137" */
      4'h2:
          (* src = "/home/malcalypse/Private/eclipseworkspace/WoWADigital/src/wowa/adc.py:141" *)
          casez (\$38 )
            /* src = "/home/malcalypse/Private/eclipseworkspace/WoWADigital/src/wowa/adc.py:141" */
            1'h1:
                \result$next  = 8'h00;
          endcase
      /* \amaranth.decoding  = "MeasureStart/3" */
      /* src = "/home/malcalypse/Private/eclipseworkspace/WoWADigital/src/wowa/adc.py:155" */
      4'h3:
        begin
          (* src = "/home/malcalypse/Private/eclipseworkspace/WoWADigital/src/wowa/adc.py:158" *)
          casez (\$40 )
            /* src = "/home/malcalypse/Private/eclipseworkspace/WoWADigital/src/wowa/adc.py:158" */
            1'h1:
                \result$next  = \$42 ;
          endcase
          (* src = "/home/malcalypse/Private/eclipseworkspace/WoWADigital/src/wowa/adc.py:158" *)
          casez (\$44 )
            /* src = "/home/malcalypse/Private/eclipseworkspace/WoWADigital/src/wowa/adc.py:158" */
            1'h1:
                \result$next  = \$46 ;
          endcase
          (* src = "/home/malcalypse/Private/eclipseworkspace/WoWADigital/src/wowa/adc.py:158" *)
          casez (\$48 )
            /* src = "/home/malcalypse/Private/eclipseworkspace/WoWADigital/src/wowa/adc.py:158" */
            1'h1:
                \result$next  = \$50 ;
          endcase
          (* src = "/home/malcalypse/Private/eclipseworkspace/WoWADigital/src/wowa/adc.py:158" *)
          casez (\$52 )
            /* src = "/home/malcalypse/Private/eclipseworkspace/WoWADigital/src/wowa/adc.py:158" */
            1'h1:
                \result$next  = \$54 ;
          endcase
          (* src = "/home/malcalypse/Private/eclipseworkspace/WoWADigital/src/wowa/adc.py:158" *)
          casez (\$56 )
            /* src = "/home/malcalypse/Private/eclipseworkspace/WoWADigital/src/wowa/adc.py:158" */
            1'h1:
                \result$next  = \$58 ;
          endcase
          (* src = "/home/malcalypse/Private/eclipseworkspace/WoWADigital/src/wowa/adc.py:158" *)
          casez (\$60 )
            /* src = "/home/malcalypse/Private/eclipseworkspace/WoWADigital/src/wowa/adc.py:158" */
            1'h1:
                \result$next  = \$62 ;
          endcase
          (* src = "/home/malcalypse/Private/eclipseworkspace/WoWADigital/src/wowa/adc.py:158" *)
          casez (\$64 )
            /* src = "/home/malcalypse/Private/eclipseworkspace/WoWADigital/src/wowa/adc.py:158" */
            1'h1:
                \result$next  = \$66 ;
          endcase
          (* src = "/home/malcalypse/Private/eclipseworkspace/WoWADigital/src/wowa/adc.py:158" *)
          casez (\$68 )
            /* src = "/home/malcalypse/Private/eclipseworkspace/WoWADigital/src/wowa/adc.py:158" */
            1'h1:
                \result$next  = \$70 ;
          endcase
        end
      /* \amaranth.decoding  = "MeasureSetup/4" */
      /* src = "/home/malcalypse/Private/eclipseworkspace/WoWADigital/src/wowa/adc.py:170" */
      4'h4:
          /* empty */;
      /* \amaranth.decoding  = "MeasureDACON/5" */
      /* src = "/home/malcalypse/Private/eclipseworkspace/WoWADigital/src/wowa/adc.py:177" */
      4'h5:
          /* empty */;
      /* \amaranth.decoding  = "MeasureHold/6" */
      /* src = "/home/malcalypse/Private/eclipseworkspace/WoWADigital/src/wowa/adc.py:182" */
      4'h6:
          /* empty */;
      /* \amaranth.decoding  = "MeasureSample/7" */
      /* src = "/home/malcalypse/Private/eclipseworkspace/WoWADigital/src/wowa/adc.py:188" */
      4'h7:
          (* src = "/home/malcalypse/Private/eclipseworkspace/WoWADigital/src/wowa/adc.py:189" *)
          casez (\$72 )
            /* src = "/home/malcalypse/Private/eclipseworkspace/WoWADigital/src/wowa/adc.py:189" */
            1'h1:
              begin
                (* src = "/home/malcalypse/Private/eclipseworkspace/WoWADigital/src/wowa/adc.py:192" *)
                casez (\$76 )
                  /* src = "/home/malcalypse/Private/eclipseworkspace/WoWADigital/src/wowa/adc.py:192" */
                  1'h1:
                      \result$next  = \$79 [7:0];
                endcase
                (* src = "/home/malcalypse/Private/eclipseworkspace/WoWADigital/src/wowa/adc.py:192" *)
                casez (\$81 )
                  /* src = "/home/malcalypse/Private/eclipseworkspace/WoWADigital/src/wowa/adc.py:192" */
                  1'h1:
                      \result$next  = \$84 [7:0];
                endcase
                (* src = "/home/malcalypse/Private/eclipseworkspace/WoWADigital/src/wowa/adc.py:192" *)
                casez (\$86 )
                  /* src = "/home/malcalypse/Private/eclipseworkspace/WoWADigital/src/wowa/adc.py:192" */
                  1'h1:
                      \result$next  = \$89 [7:0];
                endcase
                (* src = "/home/malcalypse/Private/eclipseworkspace/WoWADigital/src/wowa/adc.py:192" *)
                casez (\$91 )
                  /* src = "/home/malcalypse/Private/eclipseworkspace/WoWADigital/src/wowa/adc.py:192" */
                  1'h1:
                      \result$next  = \$94 [7:0];
                endcase
                (* src = "/home/malcalypse/Private/eclipseworkspace/WoWADigital/src/wowa/adc.py:192" *)
                casez (\$96 )
                  /* src = "/home/malcalypse/Private/eclipseworkspace/WoWADigital/src/wowa/adc.py:192" */
                  1'h1:
                      \result$next  = \$99 [7:0];
                endcase
                (* src = "/home/malcalypse/Private/eclipseworkspace/WoWADigital/src/wowa/adc.py:192" *)
                casez (\$101 )
                  /* src = "/home/malcalypse/Private/eclipseworkspace/WoWADigital/src/wowa/adc.py:192" */
                  1'h1:
                      \result$next  = \$104 [7:0];
                endcase
                (* src = "/home/malcalypse/Private/eclipseworkspace/WoWADigital/src/wowa/adc.py:192" *)
                casez (\$106 )
                  /* src = "/home/malcalypse/Private/eclipseworkspace/WoWADigital/src/wowa/adc.py:192" */
                  1'h1:
                      \result$next  = \$109 [7:0];
                endcase
                (* src = "/home/malcalypse/Private/eclipseworkspace/WoWADigital/src/wowa/adc.py:192" *)
                casez (\$111 )
                  /* src = "/home/malcalypse/Private/eclipseworkspace/WoWADigital/src/wowa/adc.py:192" */
                  1'h1:
                      \result$next  = \$114 [7:0];
                endcase
              end
          endcase
    endcase
    (* src = "/home/malcalypse/.local/lib/python3.10/site-packages/amaranth/hdl/xfrm.py:519" *)
    casez (rst)
      1'h1:
          \result$next  = 8'h00;
    endcase
  end
  assign \$22  = \$23 ;
  assign \$27  = \$28 ;
  assign \$78  = \$79 ;
  assign \$83  = \$84 ;
  assign \$88  = \$89 ;
  assign \$93  = \$94 ;
  assign \$98  = \$99 ;
  assign \$103  = \$104 ;
  assign \$108  = \$109 ;
  assign \$113  = \$114 ;
  assign \$118  = \$119 ;
  assign comparator_enable_ctrl = n_enable;
  assign \use_external_reference$1  = use_external_reference;
  assign comparator_analog_comp_input = analog_comparator_pin;
  assign \$2  = enable;
  assign \$6  = enable;
  assign \$8  = enable;
  assign \$16  = enable;
  assign \$18  = enable;
  assign \$30  = enable;
  assign \$36  = enable;
  assign \$42 [7:1] = result[7:1];
  assign \$42 [0] = 1'h1;
  assign { \$46 [7:2], \$46 [0] } = { result[7:2], result[0] };
  assign \$46 [1] = 1'h1;
  assign { \$50 [7:3], \$50 [1:0] } = { result[7:3], result[1:0] };
  assign \$50 [2] = 1'h1;
  assign { \$54 [7:4], \$54 [2:0] } = { result[7:4], result[2:0] };
  assign \$54 [3] = 1'h1;
  assign { \$58 [7:5], \$58 [3:0] } = { result[7:5], result[3:0] };
  assign \$58 [4] = 1'h1;
  assign { \$62 [7:6], \$62 [4:0] } = { result[7:6], result[4:0] };
  assign \$62 [5] = 1'h1;
  assign { \$66 [7], \$66 [5:0] } = { result[7], result[5:0] };
  assign \$66 [6] = 1'h1;
  assign \$70 [6:0] = result[6:0];
  assign \$70 [7] = 1'h1;
  assign \$73  = comparator_result;
  assign \$79 [0] = 1'h0;
  assign \$79 [15:1] = { 8'h00, result[7:1] };
  assign \$84 [1] = 1'h0;
  assign { \$84 [15:2], \$84 [0] } = { 8'h00, result[7:2], result[0] };
  assign \$89 [2] = 1'h0;
  assign { \$89 [15:3], \$89 [1:0] } = { 8'h00, result[7:3], result[1:0] };
  assign \$94 [3] = 1'h0;
  assign { \$94 [15:4], \$94 [2:0] } = { 8'h00, result[7:4], result[2:0] };
  assign \$99 [4] = 1'h0;
  assign { \$99 [15:5], \$99 [3:0] } = { 8'h00, result[7:5], result[3:0] };
  assign \$104 [5] = 1'h0;
  assign { \$104 [15:6], \$104 [4:0] } = { 8'h00, result[7:6], result[4:0] };
  assign \$109 [6] = 1'h0;
  assign { \$109 [15:7], \$109 [5:0] } = { 8'h00, result[7], result[5:0] };
  assign \$114 [7] = 1'h0;
  assign { \$114 [15:8], \$114 [6:0] } = { 8'h00, result[6:0] };
endmodule

(* \amaranth.hierarchy  = "wowa.wowa_digital.adc.comparator" *)
(* generator = "Amaranth" *)
module comparator(result, rst, clk, analog_comp_input);
  (* src = "/home/malcalypse/Private/eclipseworkspace/WoWADigital/src/wowa/comparator.py:27" *)
  input analog_comp_input;
  wire analog_comp_input;
  (* src = "/home/malcalypse/.local/lib/python3.10/site-packages/amaranth/hdl/ir.py:527" *)
  input clk;
  wire clk;
  (* src = "/home/malcalypse/Private/eclipseworkspace/WoWADigital/src/wowa/comparator_result.py:27" *)
  wire compres_input;
  (* src = "/home/malcalypse/Private/eclipseworkspace/WoWADigital/src/wowa/comparator_result.py:28" *)
  wire compres_output;
  (* src = "/home/malcalypse/Private/eclipseworkspace/WoWADigital/src/wowa/comparator.py:34" *)
  output result;
  wire result;
  (* src = "/home/malcalypse/.local/lib/python3.10/site-packages/amaranth/hdl/ir.py:527" *)
  input rst;
  wire rst;
  compres compres (
    .clk(clk),
    .\input (compres_input),
    .\output (compres_output),
    .rst(rst)
  );
  assign result = compres_output;
  assign compres_input = analog_comp_input;
endmodule

(* \amaranth.hierarchy  = "wowa.wowa_digital.adc.comparator.compres" *)
(* generator = "Amaranth" *)
module compres(clk, \input , \output , rst);
  (* src = "/home/malcalypse/.local/lib/python3.10/site-packages/amaranth/hdl/ir.py:527" *)
  input clk;
  wire clk;
  (* src = "/home/malcalypse/Private/eclipseworkspace/WoWADigital/src/wowa/comparator_result.py:27" *)
  input \input ;
  wire \input ;
  (* src = "/home/malcalypse/Private/eclipseworkspace/WoWADigital/src/wowa/comparator_result.py:28" *)
  output \output ;
  wire \output ;
  (* src = "/home/malcalypse/.local/lib/python3.10/site-packages/amaranth/hdl/ir.py:527" *)
  input rst;
  wire rst;
  ffsync ffsync (
    .clk(clk),
    .\input (\input ),
    .\output (\output ),
    .rst(rst)
  );
endmodule

(* \amaranth.hierarchy  = "wowa.wowa_digital.adc.comparator.compres.ffsync" *)
(* generator = "Amaranth" *)
module ffsync(clk, \input , \output , rst);
  (* src = "/home/malcalypse/.local/lib/python3.10/site-packages/amaranth/hdl/ir.py:527" *)
  input clk;
  wire clk;
  (* src = "/home/malcalypse/Private/eclipseworkspace/WoWADigital/src/wowa/comparator_result.py:27" *)
  input \input ;
  wire \input ;
  (* src = "/home/malcalypse/Private/eclipseworkspace/WoWADigital/src/wowa/comparator_result.py:28" *)
  output \output ;
  wire \output ;
  (* src = "/home/malcalypse/.local/lib/python3.10/site-packages/amaranth/hdl/ir.py:527" *)
  input rst;
  wire rst;
  (* src = "/home/malcalypse/.local/lib/python3.10/site-packages/amaranth/lib/cdc.py:89" *)
  reg stage0 = 1'h0;
  (* src = "/home/malcalypse/.local/lib/python3.10/site-packages/amaranth/lib/cdc.py:89" *)
  wire \stage0$next ;
  (* src = "/home/malcalypse/.local/lib/python3.10/site-packages/amaranth/lib/cdc.py:89" *)
  reg stage1 = 1'h0;
  (* src = "/home/malcalypse/.local/lib/python3.10/site-packages/amaranth/lib/cdc.py:89" *)
  wire \stage1$next ;
  always @(posedge clk)
    stage1 <= stage0;
  always @(posedge clk)
    stage0 <= \input ;
  assign \output  = stage1;
  assign \stage1$next  = stage0;
  assign \stage0$next  = \input ;
endmodule

(* \amaranth.hierarchy  = "wowa" *)
(* top =  1  *)
(* generator = "Amaranth" *)
module wowa(analog_comparator_out, do_calibrate, use_ext_thresh, result_ready, result, dac_set, comparator_nen, calib_enable, thresh_sel, clk, rst, user_enable);
  (* src = "/home/malcalypse/Private/eclipseworkspace/WoWADigital/src/wowa/wowa_digital.py:58" *)
  input analog_comparator_out;
  wire analog_comparator_out;
  (* src = "/home/malcalypse/Private/eclipseworkspace/WoWADigital/src/wowa/wowa_digital.py:60" *)
  input calib_enable;
  wire calib_enable;
  (* src = "/home/malcalypse/.local/lib/python3.10/site-packages/amaranth/hdl/ir.py:527" *)
  input clk;
  wire clk;
  (* src = "/home/malcalypse/Private/eclipseworkspace/WoWADigital/src/wowa/wowa_digital.py:68" *)
  output comparator_nen;
  wire comparator_nen;
  (* src = "/home/malcalypse/Private/eclipseworkspace/WoWADigital/src/wowa/wowa_digital.py:67" *)
  output [7:0] dac_set;
  wire [7:0] dac_set;
  (* src = "/home/malcalypse/Private/eclipseworkspace/WoWADigital/src/wowa/wowa_digital.py:71" *)
  output do_calibrate;
  wire do_calibrate;
  (* src = "/home/malcalypse/Private/eclipseworkspace/WoWADigital/src/wowa/wowa_digital.py:66" *)
  output [7:0] result;
  wire [7:0] result;
  (* src = "/home/malcalypse/Private/eclipseworkspace/WoWADigital/src/wowa/wowa_digital.py:65" *)
  output result_ready;
  wire result_ready;
  (* src = "/home/malcalypse/.local/lib/python3.10/site-packages/amaranth/hdl/ir.py:527" *)
  input rst;
  wire rst;
  (* src = "/home/malcalypse/Private/eclipseworkspace/WoWADigital/src/wowa/wowa_digital.py:70" *)
  output thresh_sel;
  wire thresh_sel;
  (* src = "/home/malcalypse/Private/eclipseworkspace/WoWADigital/src/wowa/wowa_digital.py:59" *)
  input use_ext_thresh;
  wire use_ext_thresh;
  (* src = "/home/malcalypse/Private/eclipseworkspace/WoWADigital/src/wowa/wowa_digital.py:57" *)
  input user_enable;
  wire user_enable;
  wowa_digital wowa_digital (
    .analog_comparator_out(analog_comparator_out),
    .calib_enable(calib_enable),
    .clk(clk),
    .comparator_nen(comparator_nen),
    .dac_set(dac_set),
    .do_calibrate(do_calibrate),
    .result(result),
    .result_ready(result_ready),
    .rst(rst),
    .thresh_sel(thresh_sel),
    .use_ext_thresh(use_ext_thresh),
    .user_enable(user_enable)
  );
endmodule

(* \amaranth.hierarchy  = "wowa.wowa_digital" *)
(* generator = "Amaranth" *)
module wowa_digital(calib_enable, use_ext_thresh, analog_comparator_out, result, result_ready, comparator_nen, dac_set, do_calibrate, thresh_sel, rst, clk, user_enable);
  (* src = "/home/malcalypse/Private/eclipseworkspace/WoWADigital/src/wowa/adc.py:40" *)
  wire adc_analog_comparator_pin;
  (* src = "/home/malcalypse/Private/eclipseworkspace/WoWADigital/src/wowa/comparator.py:29" *)
  wire adc_calibrate;
  (* src = "/home/malcalypse/Private/eclipseworkspace/WoWADigital/src/wowa/adc.py:50" *)
  wire adc_comparator_enable_ctrl;
  (* src = "/home/malcalypse/Private/eclipseworkspace/WoWADigital/src/wowa/adc.py:53" *)
  wire [7:0] adc_dac_setting;
  (* src = "/home/malcalypse/Private/eclipseworkspace/WoWADigital/src/wowa/adc.py:41" *)
  wire adc_enable;
  (* src = "/home/malcalypse/Private/eclipseworkspace/WoWADigital/src/wowa/adc.py:48" *)
  wire [7:0] adc_result;
  (* src = "/home/malcalypse/Private/eclipseworkspace/WoWADigital/src/wowa/adc.py:47" *)
  wire adc_result_ready;
  (* src = "/home/malcalypse/Private/eclipseworkspace/WoWADigital/src/wowa/adc.py:43" *)
  wire adc_use_calibration;
  (* src = "/home/malcalypse/Private/eclipseworkspace/WoWADigital/src/wowa/adc.py:42" *)
  wire adc_use_external_reference;
  (* src = "/home/malcalypse/Private/eclipseworkspace/WoWADigital/src/wowa/wowa_digital.py:58" *)
  input analog_comparator_out;
  wire analog_comparator_out;
  (* src = "/home/malcalypse/Private/eclipseworkspace/WoWADigital/src/wowa/wowa_digital.py:60" *)
  input calib_enable;
  wire calib_enable;
  (* src = "/home/malcalypse/.local/lib/python3.10/site-packages/amaranth/hdl/ir.py:527" *)
  input clk;
  wire clk;
  (* src = "/home/malcalypse/Private/eclipseworkspace/WoWADigital/src/wowa/wowa_digital.py:68" *)
  output comparator_nen;
  wire comparator_nen;
  (* src = "/home/malcalypse/Private/eclipseworkspace/WoWADigital/src/wowa/wowa_digital.py:67" *)
  output [7:0] dac_set;
  wire [7:0] dac_set;
  (* src = "/home/malcalypse/Private/eclipseworkspace/WoWADigital/src/wowa/wowa_digital.py:71" *)
  output do_calibrate;
  wire do_calibrate;
  (* src = "/home/malcalypse/Private/eclipseworkspace/WoWADigital/src/wowa/wowa_digital.py:66" *)
  output [7:0] result;
  wire [7:0] result;
  (* src = "/home/malcalypse/Private/eclipseworkspace/WoWADigital/src/wowa/wowa_digital.py:65" *)
  output result_ready;
  wire result_ready;
  (* src = "/home/malcalypse/.local/lib/python3.10/site-packages/amaranth/hdl/ir.py:527" *)
  input rst;
  wire rst;
  (* src = "/home/malcalypse/Private/eclipseworkspace/WoWADigital/src/wowa/wowa_digital.py:70" *)
  output thresh_sel;
  wire thresh_sel;
  (* src = "/home/malcalypse/Private/eclipseworkspace/WoWADigital/src/wowa/wowa_digital.py:59" *)
  input use_ext_thresh;
  wire use_ext_thresh;
  (* src = "/home/malcalypse/Private/eclipseworkspace/WoWADigital/src/wowa/wowa_digital.py:57" *)
  input user_enable;
  wire user_enable;
  adc adc (
    .analog_comparator_pin(adc_analog_comparator_pin),
    .calibrate(adc_calibrate),
    .clk(clk),
    .comparator_enable_ctrl(adc_comparator_enable_ctrl),
    .dac_setting(adc_dac_setting),
    .enable(adc_enable),
    .result(adc_result),
    .result_ready(adc_result_ready),
    .rst(rst),
    .use_calibration(adc_use_calibration),
    .use_external_reference(adc_use_external_reference)
  );
  assign thresh_sel = use_ext_thresh;
  assign do_calibrate = adc_calibrate;
  assign dac_set = adc_dac_setting;
  assign comparator_nen = adc_comparator_enable_ctrl;
  assign result_ready = adc_result_ready;
  assign result = adc_result;
  assign adc_analog_comparator_pin = analog_comparator_out;
  assign adc_use_external_reference = use_ext_thresh;
  assign adc_use_calibration = calib_enable;
  assign adc_enable = user_enable;
endmodule